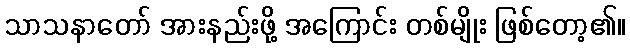
သာသနာတော် အားနည်းဖို့ အကြောင်း တစ်မျိုး ဖြစ်တော့၏။